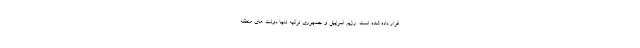
قرار داده شده است. رژیم اسراییل و جمهوری ترکیه تنها دولت های منطقه